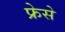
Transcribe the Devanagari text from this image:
फ्रेसे